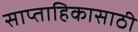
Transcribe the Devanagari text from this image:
साप्ताहिकासाठी